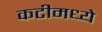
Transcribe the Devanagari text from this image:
कटीमध्ये